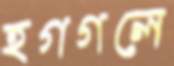
হগগলে